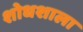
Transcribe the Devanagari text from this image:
शोधशाला